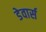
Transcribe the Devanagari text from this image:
डेवार्स